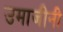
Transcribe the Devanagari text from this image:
उमाजीनी